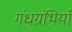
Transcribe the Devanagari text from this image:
गंधग्रंथियाँ